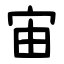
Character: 宙